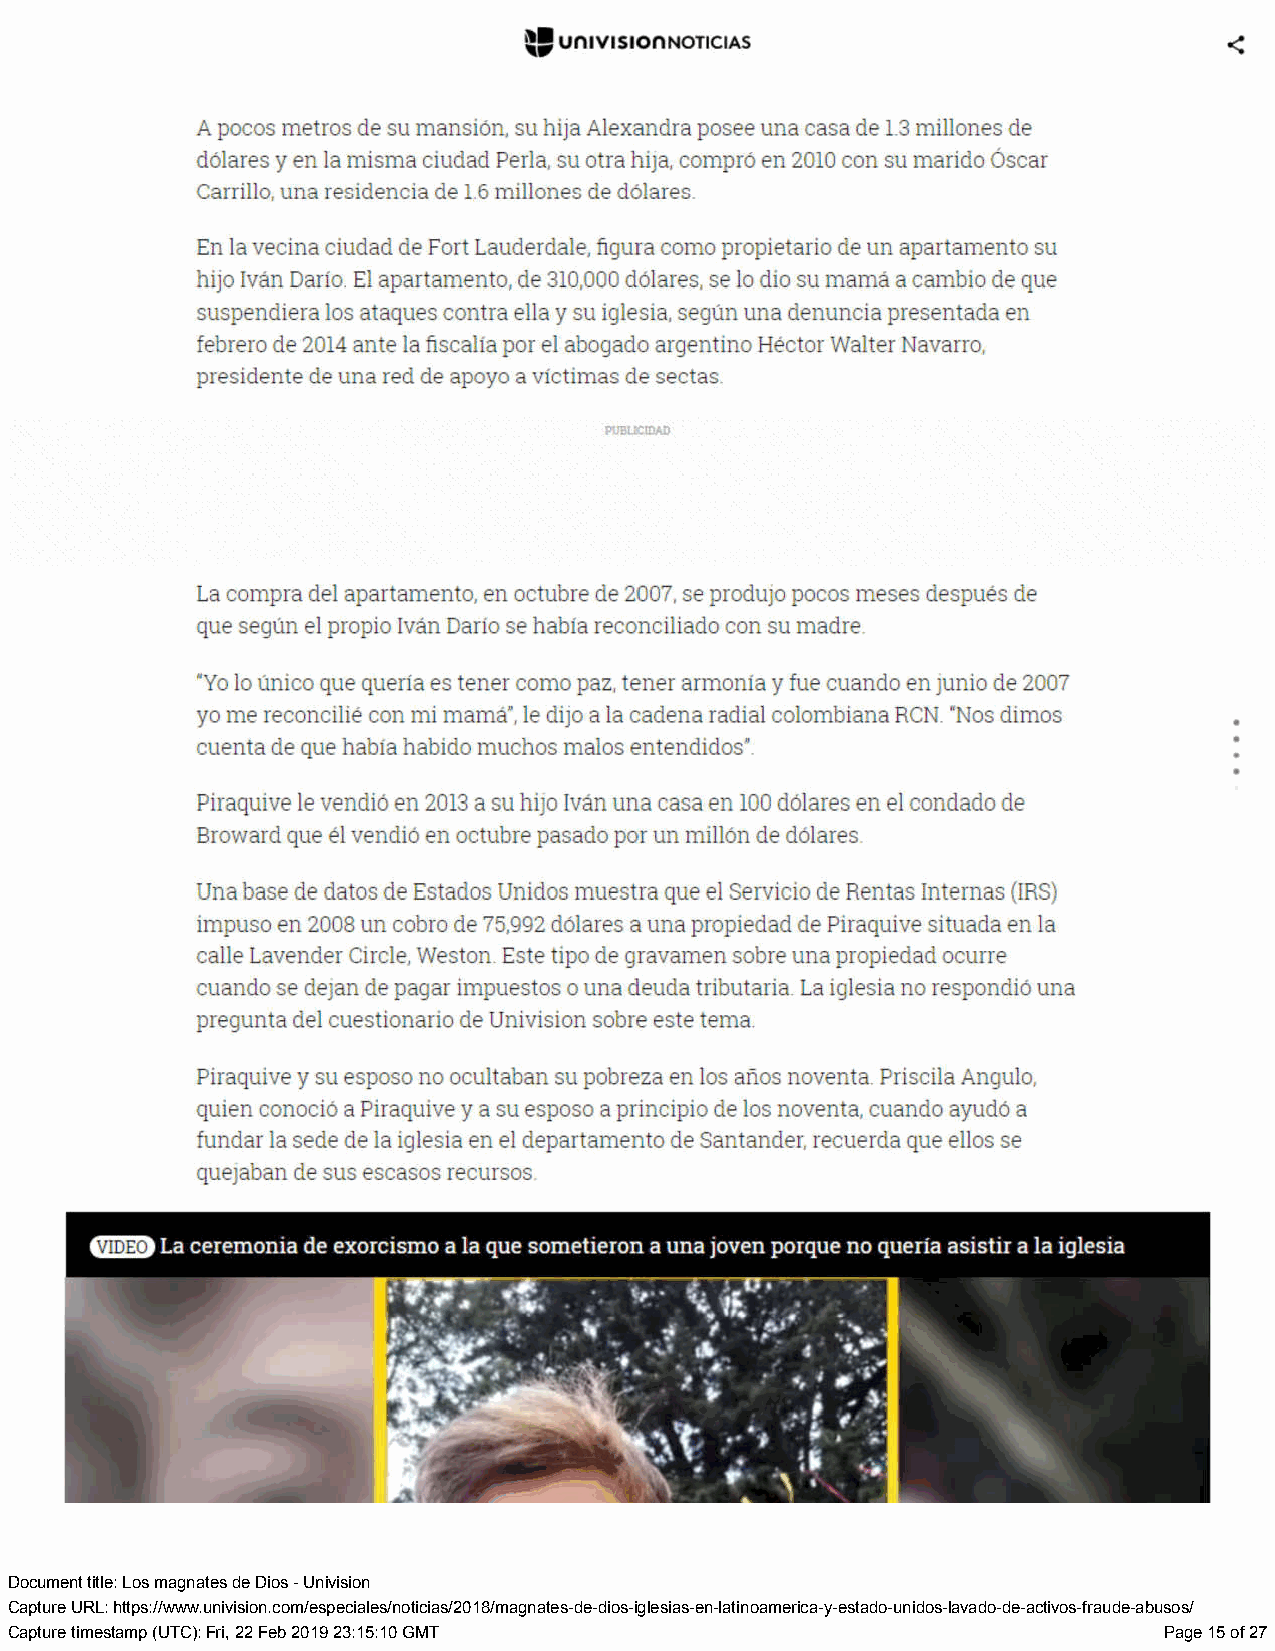
Document title: Los magnates de Dios - Univision
 Capture URL: https://www.univision.com/especiales/noticias/2018/magnates-de-dios-iglesias-en-latinoamerica-y-estado-unidos-lavado-de-activos-fraude-abusos/
 Capture timestamp (UTC): Fri, 22 Feb 2019 23:15:10 GMT                       Page 15 of 27